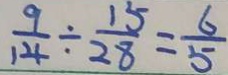
\frac { 9 } { 1 4 } \div \frac { 1 5 } { 2 8 } = \frac { 6 } { 5 }